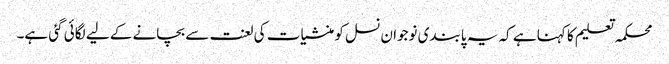
محکمہ تعلیم کا کہنا ہے کہ یہ پابندی نوجوان نسل کو منشیات کی لعنت سے بچانے کے لیے لگائی گئی ہے۔